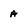
Character: a